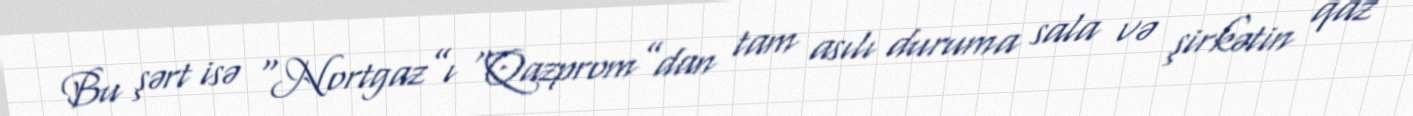
Bu şərt isə “Nortgaz”ı “Qazprom”dan tam asılı duruma sala və şirkətin qaz